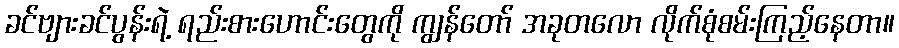
ခင်ဗျားခင်ပွန်းရဲ့ ရည်းစားဟောင်းတွေကို ကျွန်တော် အခုတလော လိုက်စုံစမ်းကြည့်နေတာ။